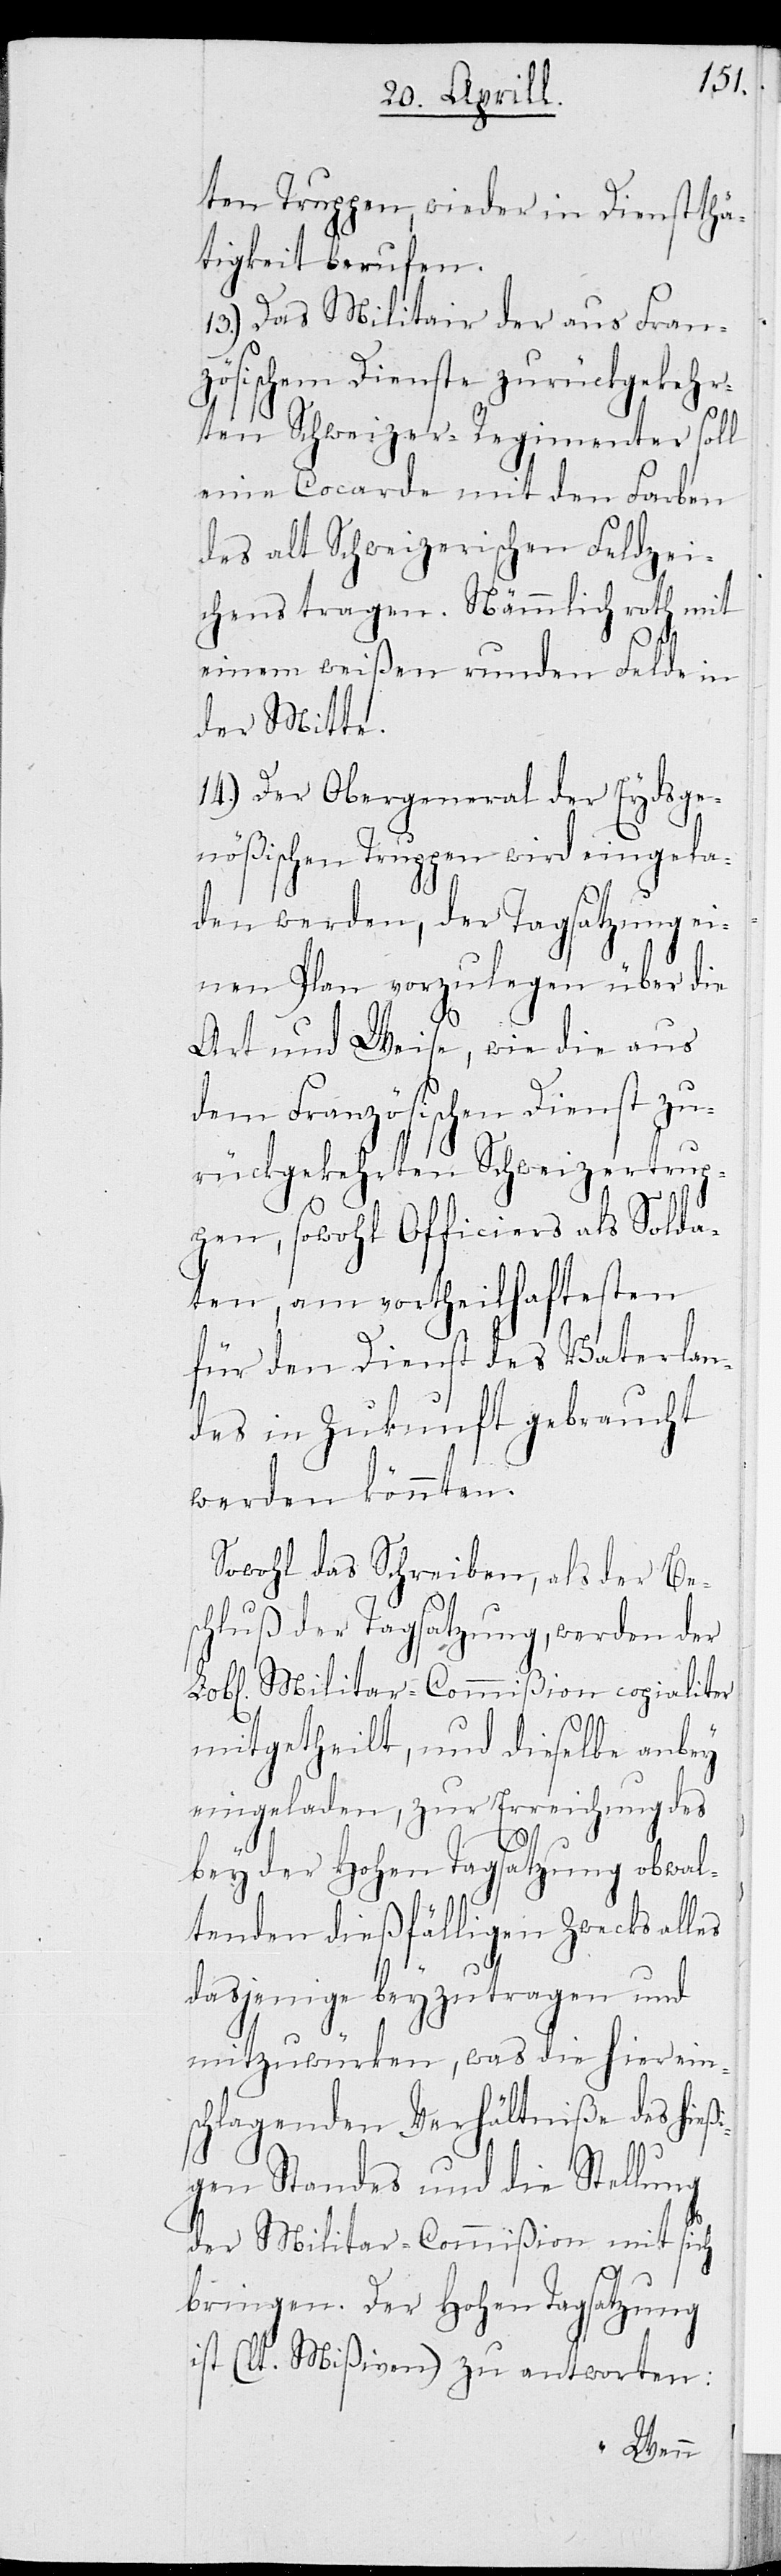
ten Truppen, wieder in Dienstthä¬
tigkeit berufen.
13.) Das Militair der aus Fran¬
zösischem Dienste zurückgekehr¬
ten Schweizer-Regimenter soll
eine Cocarde mit den Farben
des alt Schweizerischen Feldzei¬
chens tragen. Nämmlich roth mit
einem weißen runden Feld in
der Mitte.
14.) Der Obergeneral der Eydsge¬
nößischen Truppen wird eingela¬
den werden, der Tagsatzung ei¬
nen Plan vorzulegen über die
Art und Weise, wie die aus
dem Französischen Dienst zu¬
rückgekehrten Schweizertrup¬
pen, sowohl Officiers als Solda¬
ten, am vortheilhaftesten
für den Dienst des Vaterlan¬
des in Zukunft gebraucht
werden könnten.
Sowohl das Schreiben, als der Be¬
schluß der Tagsatzung, werden der
L. Militar-Commißion copialiter
mitgetheilt, und dieselbe anbey
eingeladen, zur Erreichung des
bey der Hohen Tagsatzung obwal¬
tenden dießfälligen Zwecks alles
dasjenige beyzutragen und
mitzuwürken, was die hier ein¬
schlagenden Verhältniße des hieß¬
igen Standes und die Stellung
der Militar-Commißion mit sich
bringen. Der Hohen Tagsatzung
ist (lt. Mißiven) zu antworten: